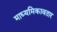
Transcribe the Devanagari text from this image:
माध्यमिकावतार